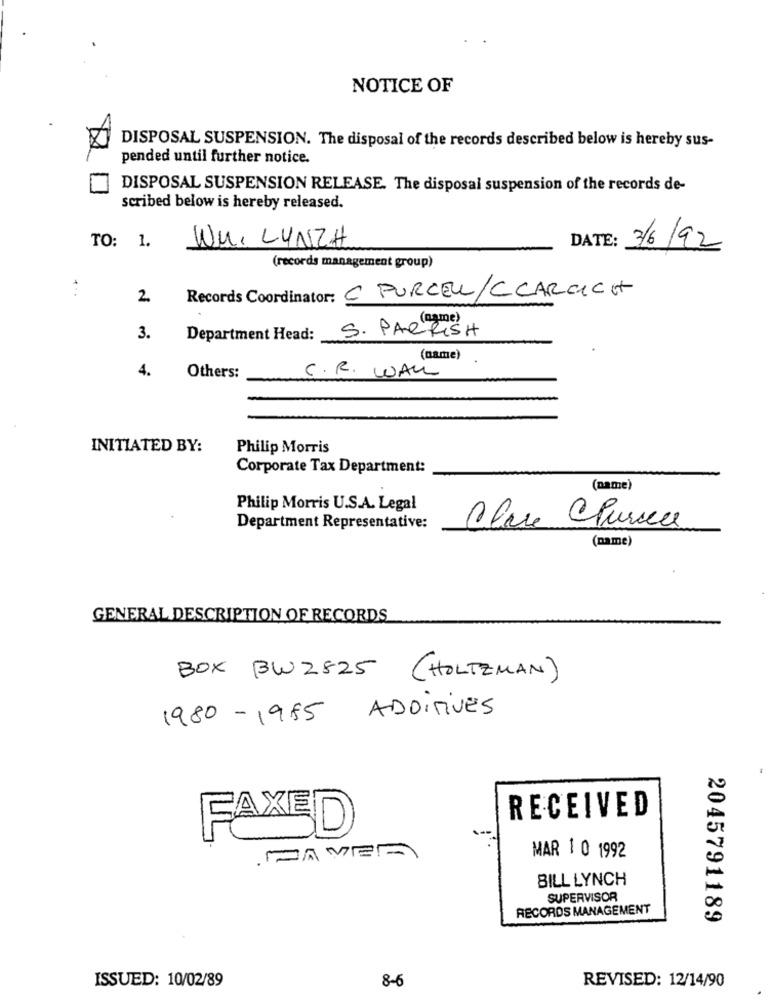
NOTICE OF
DISPOSAL SUSPENSION. The disposal of the records described below is hereby sus-
pended until further notice.
DISPOSAL SUSPENSION RELEASE. The disposal suspension of the records de-
scribed below is hereby released.
WM. LYNZA
TO: 1.
DATE: 3/6/92
(records management group)
Records Coordinator: C PURCELL/CCARCICH
2
(name)
S. PARRISH
3.
Department Head:
(name)
4.
C. R. WALL
Others:
INITIATED BY:
Philip Morris
Corporate Tax Department:
(name)
Philip Morris U.S.A. Legal
Department Representative:
Clase Pursea
(name)
GENERAL DESCRIPTION OF RECORDS
BOX BW2825 ( HOLTZMAN)
1980-1985 ADDITIVES
RECEIVED
FAXED
A VER
MAR 1 0 1992
BILL LYNCH
SUPERVISOR
RECORDS MANAGEMENT
2045791189
8-6
ISSUED: 10/02/89
REVISED: 12/14/90